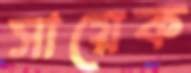
সায়েক